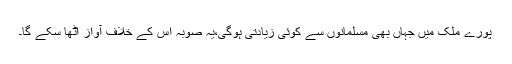
پورے ملک میں جہاں بھی مسلمانوں سے کوئی زیادتی ہوگی،یہ صوبہ اس کے خلاف آواز اٹھا سکے گا۔